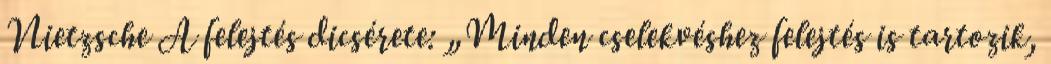
Nietzsche A felejtés dicsérete: „Minden cselekvéshez felejtés is tartozik,